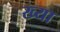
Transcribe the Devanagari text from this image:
ख्या